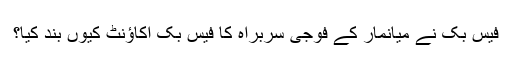
فیس بک نے میانمار کے فوجی سربراہ کا فیس بک اکاؤنٹ کیوں بند کیا؟